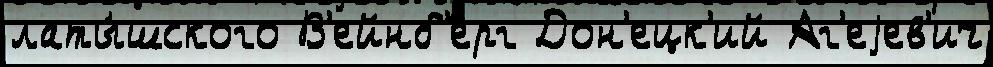
латы́шского В'ейнб'ерг Дон'ецк'ий Аг'еjев'ич